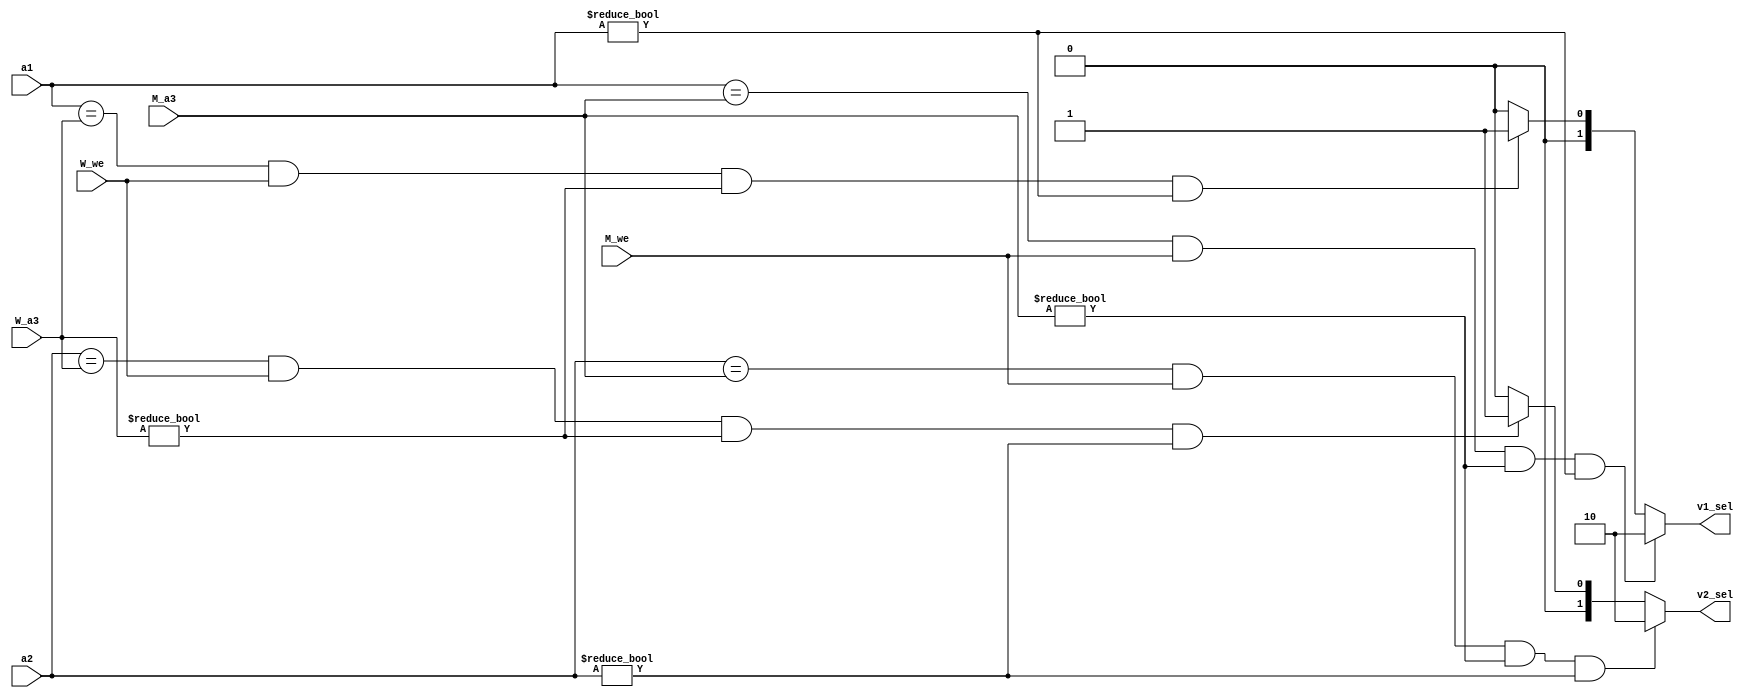
module FWD(
    input [4:0] a1,
    input [4:0] a2,
    //
	input [4:0] M_a3,
	input M_we,

	input [4:0] W_a3,
	input W_we,

    output reg [1:0] v1_sel,
    output reg [1:0] v2_sel
);

    always @(*) begin
        if (a1 == M_a3 && M_we == 1 && M_a3 != 0 && a1 != 0) begin
            v1_sel = 2;
        end else if (a1 == W_a3 && W_we == 1 && W_a3 != 0 && a1 != 0) begin
            v1_sel = 1;
        end else begin
            v1_sel = 0;
        end
    end

     always @(*) begin
        if (a2 == M_a3 && M_we == 1 && M_a3 != 0 && a2 != 0) begin
            v2_sel = 2;
        end else if (a2 == W_a3 && W_we == 1 && W_a3 != 0 && a2 != 0) begin
            v2_sel = 1;
        end else begin
            v2_sel = 0;
        end
    end

endmodule